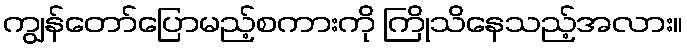
ကျွန်တော်ပြောမည့်စကားကို ကြိုသိနေသည့်အလား။